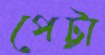
পেট্টা